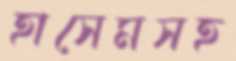
হাসেমসহ